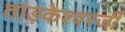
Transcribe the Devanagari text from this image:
ताड़केश्वरजी